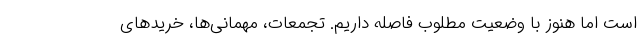
است اما هنوز با وضعیت مطلوب فاصله داریم. تجمعات، مهمانی‌ها، خریدهای